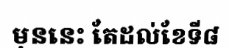
មុននេះ តែដល់ខែទី៨